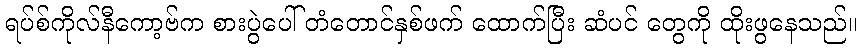
ရပ်စ်ကိုလ်နီကော့ဗ်က စားပွဲပေါ် တံတောင်နှစ်ဖက် ထောက်ပြီး ဆံပင် တွေကို ထိုးဖွနေသည်။